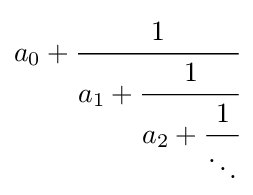
a_{0}+{\cfrac {1}{a_{1}+{\cfrac {1}{a_{2}+{\cfrac {1}{\ddots }}}}}}